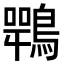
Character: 𪄍